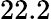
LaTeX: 22.2